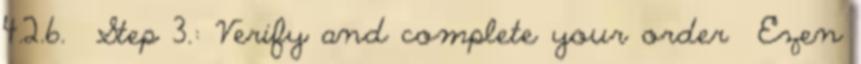
4.2.6. Step 3.: Verify and complete your order Ezen